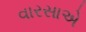
વારસાએ